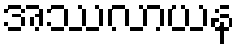
အဿလာယန